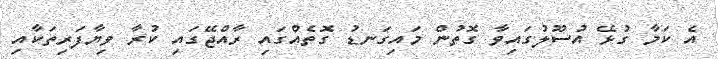
އެ ކަމާ ގުޅޭ އުސޫލުގައިވާ ގޮތުން މައިގަނޑު ގޮތެއްގައި ރާއްޖޭގައި ކުރާ ވިޔާފަރިތަކާއި